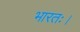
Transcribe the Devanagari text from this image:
भारतः।